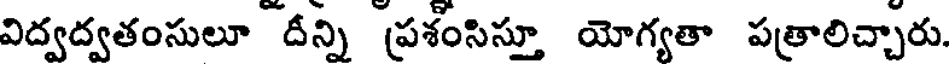
విద్వద్వతంసులూ దీన్ని ప్రశంసిస్తూ యోగ్యతా పత్రాలిచ్చారు.